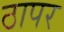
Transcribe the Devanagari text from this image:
ठापर